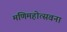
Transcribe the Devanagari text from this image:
मणिमहोत्सवना